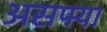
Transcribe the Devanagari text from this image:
असफ्या